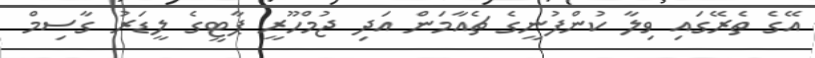
އޭގެ ތެރޭގައި ވިލާ ކުންފުނީގެ ޗެއާމަން އަދި ޖުމްހޫރީ ޕާޓީގެ ލީޑަރު ގާސިމް